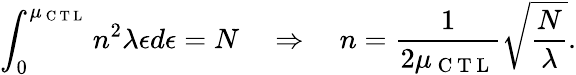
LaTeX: \int_{0}^{\mu_{\mathrm{~C~T~L~}}}n^{2}\lambda\epsilon d\epsilon=N\quad\Rightarrow\quad n=\frac{1}{2\mu_{\mathrm{~C~T~L~}}}\sqrt{\frac{N}{\lambda}}.